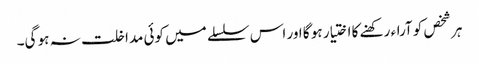
ہر شخص کو آراء رکھنے کا اختیار ہو گا اور اس سلسلے میں کوئی مداخلت نہ ہو گی۔